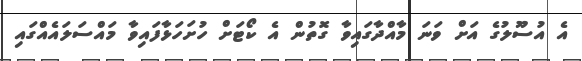
އެ އުސޫލުގެ އަށް ވަނަ މާއްދާގައިވާ ގޮތުން އެ ކޯޓަަށް ހުށަހަަޅާފައިވާ މައްސަލައެއްގައި